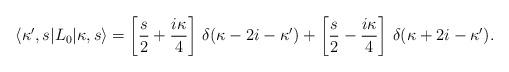
LaTeX: \begin{align*}\langle\kappa',s|L_0|\kappa,s\rangle=\left[\frac{s}{2}+\frac{i\kappa}{4}\right]\,\delta(\kappa-2i-\kappa')+\left[\frac{s}{2}-\frac{i\kappa}{4}\right]\,\delta(\kappa+2i-\kappa').\end{align*}